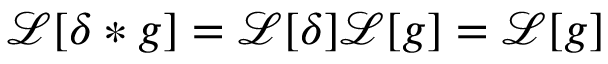
\mathcal { L } [ \delta * g ] = \mathcal { L } [ \delta ] \mathcal { L } [ g ] = \mathcal { L } [ g ]